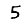
Digit: 5